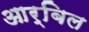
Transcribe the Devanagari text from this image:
आर्बिल